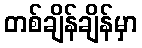
တစ်ချိန်ချိန်မှာ